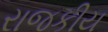
રાજકીય